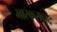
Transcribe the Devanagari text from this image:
भास्करानंद